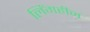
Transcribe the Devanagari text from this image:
लिंगहीन